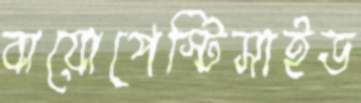
বায়োপেস্টিসাইড